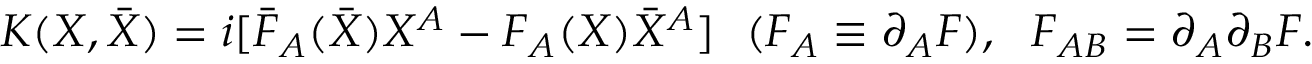
K ( X , \bar { X } ) = i [ \bar { F } _ { A } ( \bar { X } ) X ^ { A } - F _ { A } ( X ) \bar { X } ^ { A } ] \ \ ( F _ { A } \equiv \partial _ { A } F ) , \ \ F _ { A B } = \partial _ { A } \partial _ { B } F .